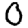
Digit: 0